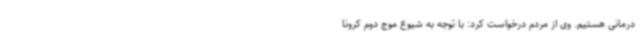
درمانی هستیم. وی از مردم درخواست کرد: با توجه به شیوع موج دوم کرونا